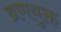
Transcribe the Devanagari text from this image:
व्रणयुक्त